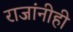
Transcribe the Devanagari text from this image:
राजांनीही